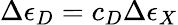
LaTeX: \Delta\epsilon_{D}=c_{D}\Delta\epsilon_{X}